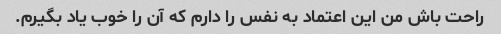
راحت باش من این اعتماد به نفس را دارم که آن را خوب یاد بگیرم.